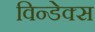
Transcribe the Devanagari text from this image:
विन्डेक्स